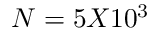
N = 5 X 1 0 ^ { 3 }